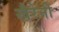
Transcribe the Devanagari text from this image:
खैरेनी